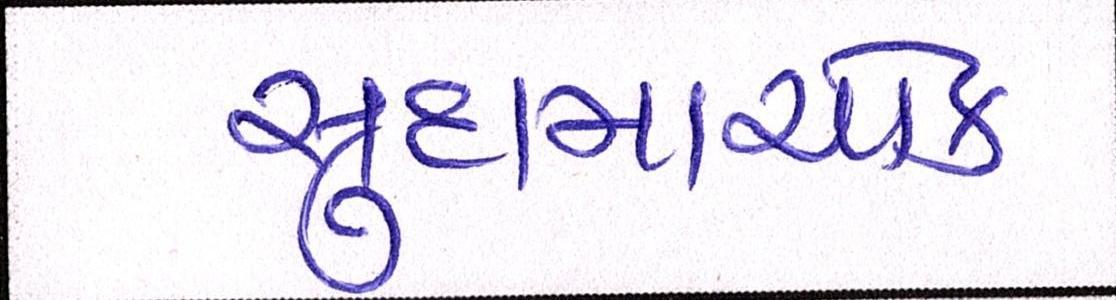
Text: સુદામાચોક